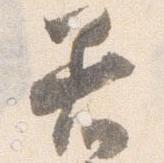
着